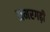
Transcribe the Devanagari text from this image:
अमरगढ़ी